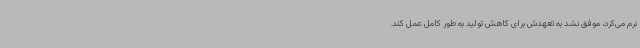
نرم می‌کرد، موفق نشد به تعهدش برای کاهش تولید به طور کامل عمل کند.